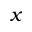
x